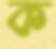
ক